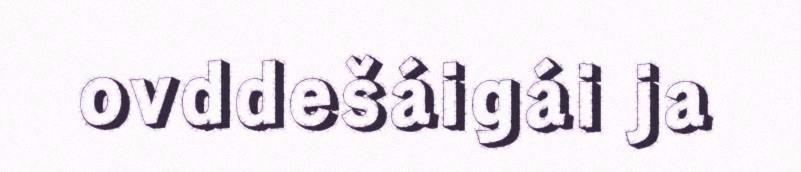
ovddešáigái ja